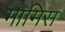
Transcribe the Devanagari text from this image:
मामिस